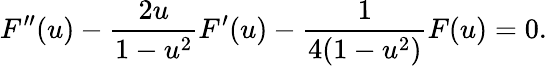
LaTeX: F^{\prime\prime}(u)-\frac{2u}{1-u^{2}}F^{\prime}(u)-\frac{1}{4(1-u^{2})}F(u)=0.